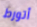
أتورط